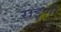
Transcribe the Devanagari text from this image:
राइणी